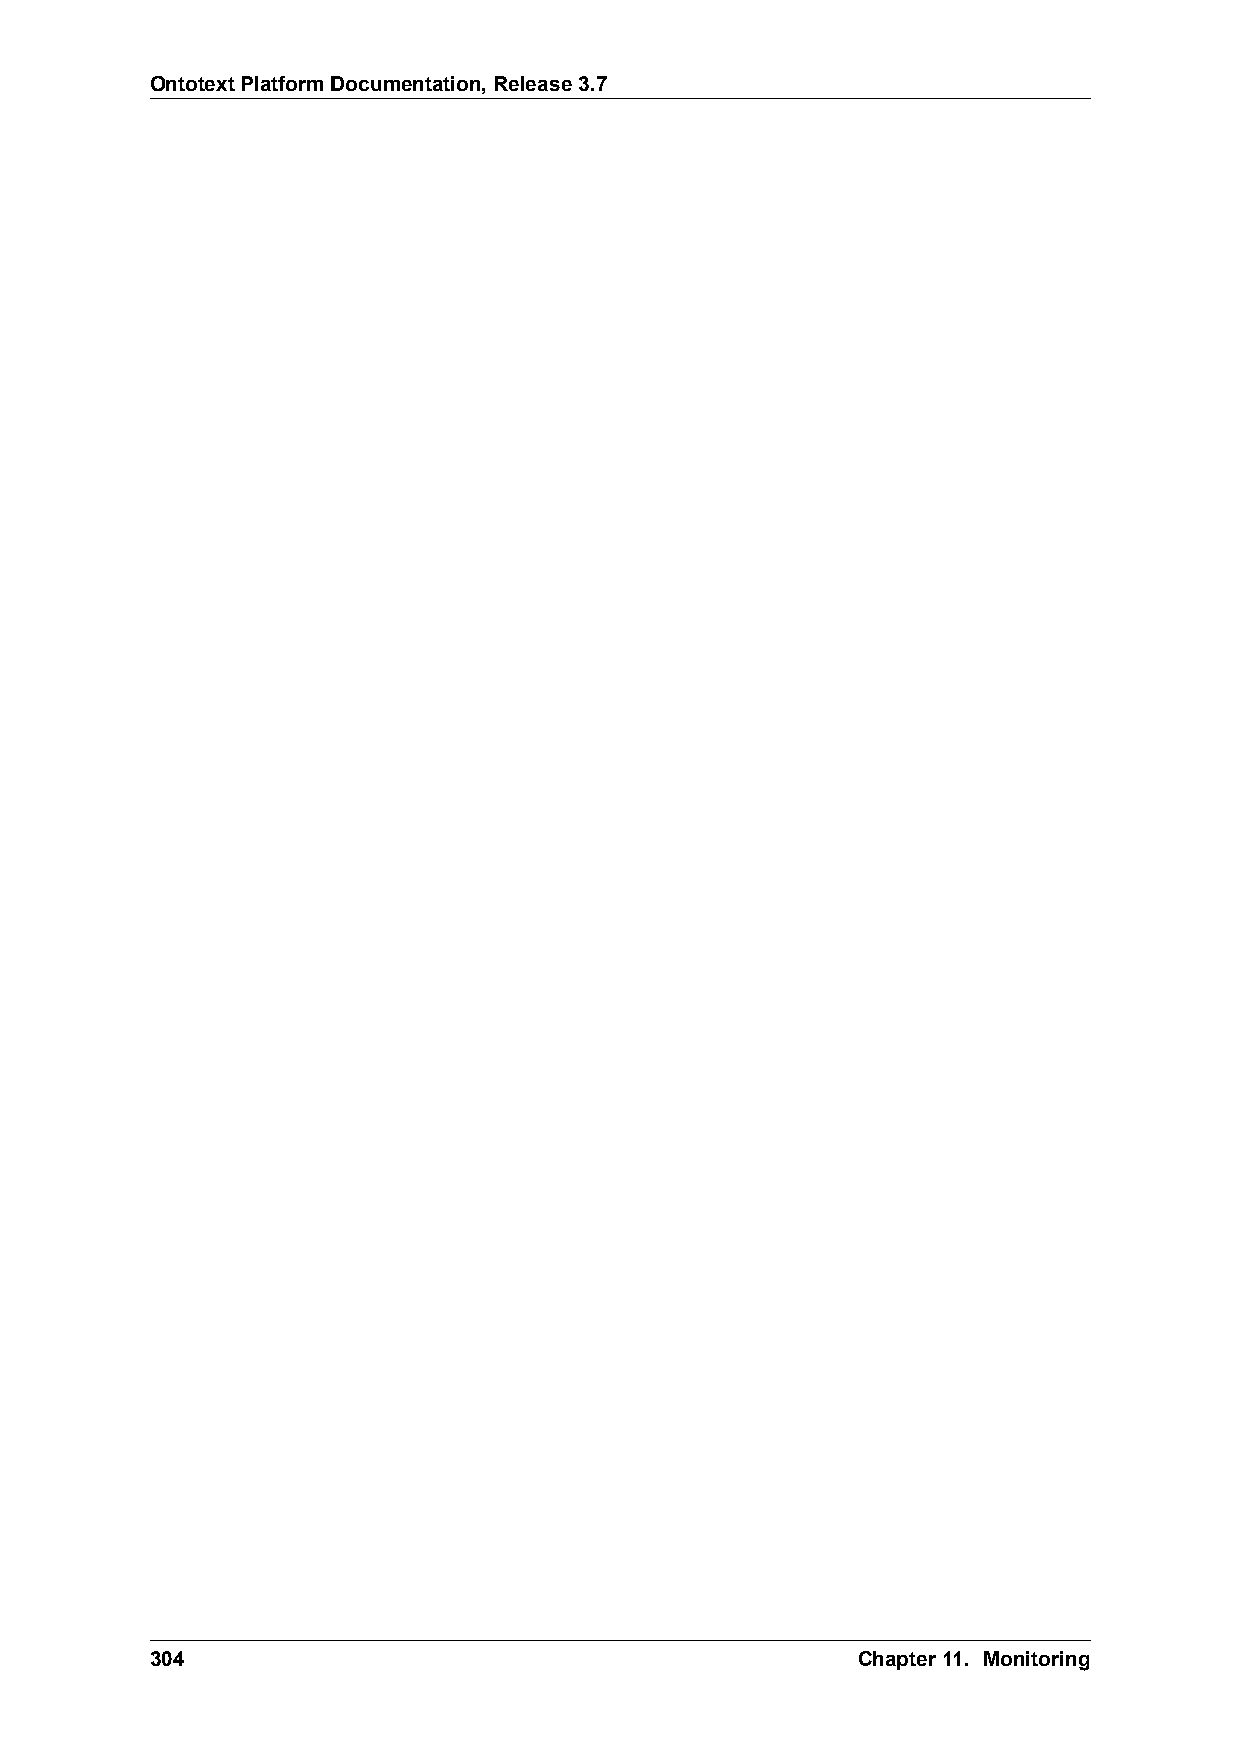
OntotextPlatformDocumentation,Release3.7
 304                                            Chapter11. Monitoring